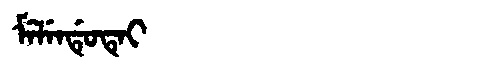
Manchu: ᠮᡝᠯᡝᠨᡩᡠᡨᡝᡳ
Romanization: MELENDUTEI